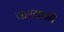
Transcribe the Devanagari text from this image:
करवानो